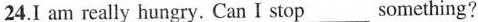
24.I am really hungry. Can I stop___something?